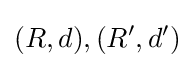
(R,d),(R',d')